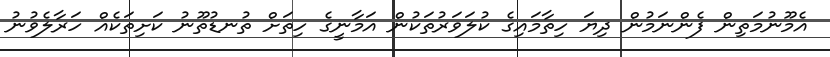
އެމޫނުމަތިން ފެންނަމުން ދިޔަ ހިތާމައިގެ ކުލަވަރުތަކުން އަމާނީގެ ހިތަށް ތުނޑުތޫނު ކަށިތަކެއް ހަރާލެވުނު